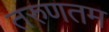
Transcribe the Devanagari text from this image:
तरुणतम